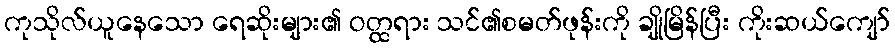
ကုသိုလ်ယူနေသော ရေဆိုးများ၏ ဝတ္ထရား သင်၏စမတ်ဖုန်းကို ချိုမြိန်ပြီး ကိုးဆယ်ကျော်